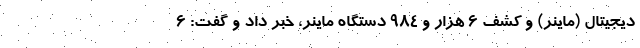
دیجیتال (ماینر) و کشف ۶ هزار و ۹۸۴ دستگاه ماینر، خبر داد و گفت: ۶